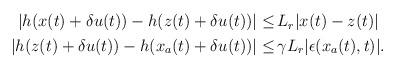
LaTeX: \begin{align*}\begin{aligned}|h(x(t)+\delta u(t))-h(z(t)+\delta u(t))| \le &\, L_r |x(t)-z(t)|\\|h(z(t)+\delta u(t))-h(x_a(t)+\delta u(t))|\le & \,\gamma L_r |\epsilon(x_a(t),t)|.\end{aligned}\end{align*}